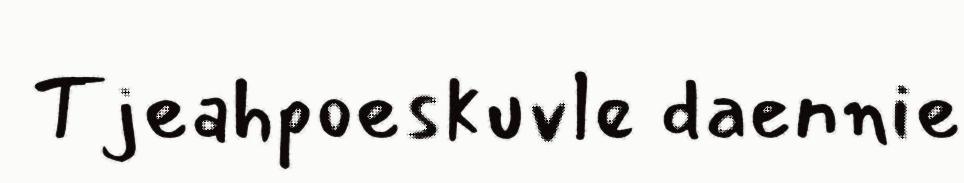
Tjeahpoeskuvle daennie